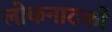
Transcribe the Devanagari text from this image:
लोकनाटकों